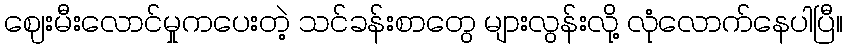
ဈေးမီးလောင်မှုကပေးတဲ့ သင်ခန်းစာတွေ များလွန်းလို့ လုံလောက်နေပါပြီ။